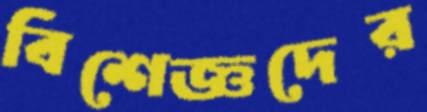
বিশেজ্ঞদের